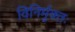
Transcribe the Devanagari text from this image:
विनिर्मुक्तः